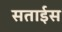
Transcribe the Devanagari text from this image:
सताईस